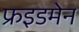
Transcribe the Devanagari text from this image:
फ्रइडमेन